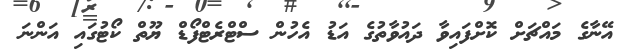
އޭނާގެ މައްޗަށް ކޮށްފައިވާ ދައުވާތުގެ އަޑު އެހުން ސްޓްރެޓްފޯޑް ޔޫތް ކޯޓުގައި އަންނަ